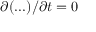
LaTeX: \partial ( . . . ) / \partial t = 0